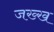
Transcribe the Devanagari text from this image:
जख्ख